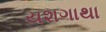
યશગાથા